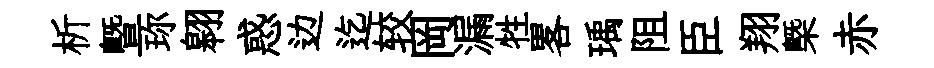
析曁珎翱惑边迄较岡漏牲畧瑀阻臣翔㮣赤